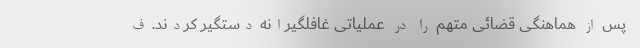
پس از هماهنگی قضائی متهم را در عملیاتی غافلگیرانه دستگیر کردند. ف